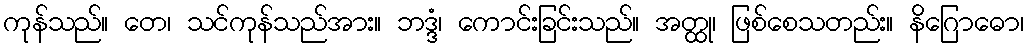
ကုန်သည်။ တေ၊ သင်ကုန်သည်အား။ ဘဒ္ဒံ၊ ကောင်းခြင်းသည်။ အတ္ထု၊ ဖြစ်စေသတည်း။ နိဂြောဓော၊